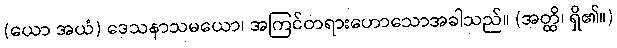
(ယော အယံ) ဒေသနာသမယော၊ အကြင်တရားဟောသောအခါသည်။ (အတ္ထိ၊ ရှိ၏။)